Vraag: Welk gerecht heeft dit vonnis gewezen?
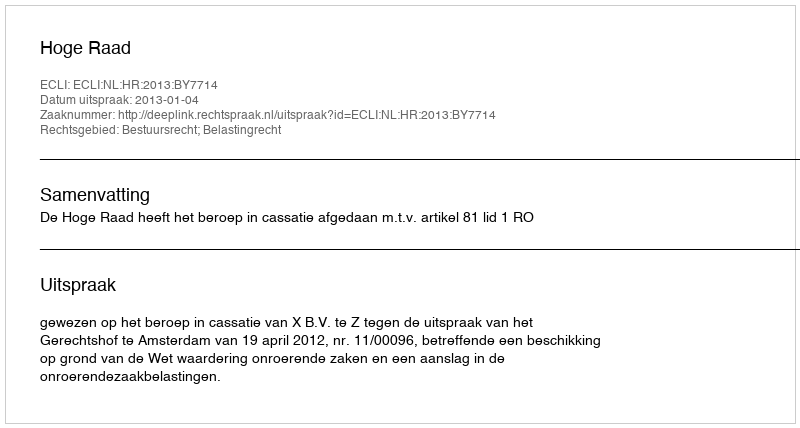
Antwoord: Hoge Raad